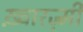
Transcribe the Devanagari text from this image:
ख़्वारज़्मी